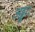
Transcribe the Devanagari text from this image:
अड्डा।